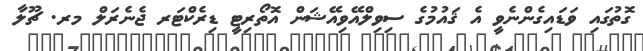
ގޮތުގައި ވަޑައިގެންނެވީ އެ ޤައުމުގެ ސިވިލްއޭވިއޭޝަން އޮތޯރިޓީ ޑިރެކްޓަރ ޖެނެރަލް މރ. ޗޫލާ